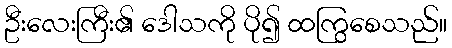
ဦးလေးကြီး၏ ဒေါသကို ပို၍ ထကြွစေသည်။